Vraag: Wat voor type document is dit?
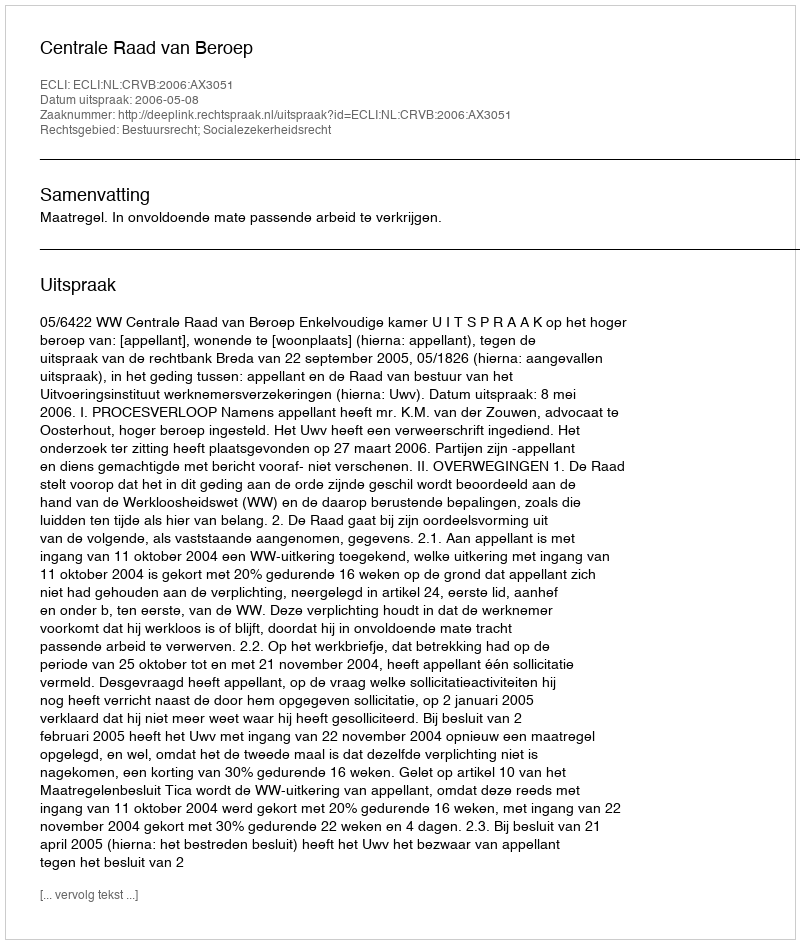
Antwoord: Uitspraak